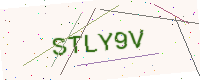
Text: STLY9V